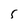
Character: 5